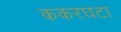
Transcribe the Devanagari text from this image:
ककरघटा